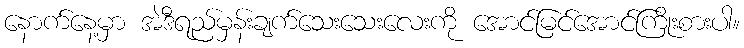
နောက်နေ့မှာ အဲဒီရည်မှန်းချက်သေးသေးလေးကို အောင်မြင်အောင်ကြိုးစားပါ။